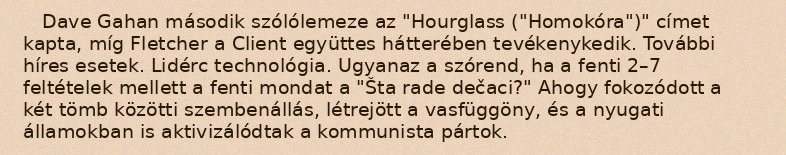
Dave Gahan második szólólemeze az "Hourglass ("Homokóra")" címet kapta, míg Fletcher a Client együttes hátterében tevékenykedik. További híres esetek. Lidérc technológia. Ugyanaz a szórend, ha a fenti 2–7 feltételek mellett a fenti mondat a "Šta rade dečaci?" Ahogy fokozódott a két tömb közötti szembenállás, létrejött a vasfüggöny, és a nyugati államokban is aktivizálódtak a kommunista pártok.